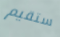
ستقيم